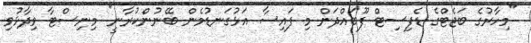
"މިހާރުގެ ބަޖެޓްގެ ޑެފިސިޓް ފޫބައްދަން މި ފައިސާ އަޅުގަނޑުމެން ބޭނުންކުރާނީ" މިނިސްޓާ ވިދާޅުވި